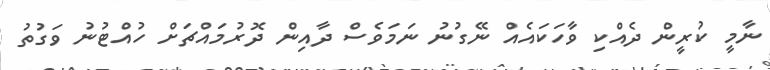
ނާމީ ކުރީން ދެއްކި ވާހަކައެއް ނޭގުނު ނަމަވެސް ދާއިން ދޮރުމައްޗަށް ހުއްޓުނު ވަގުތު